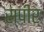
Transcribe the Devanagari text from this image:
स्पीर